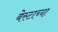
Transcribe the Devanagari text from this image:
बेस्टाच्या